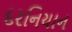
દરનિયાન